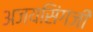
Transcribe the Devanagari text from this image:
अजयसिंगजी